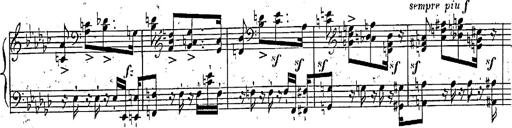
Title: Marche et Cavatine de Lucie de Lammermoor, S.398
Composer: Franz Liszt